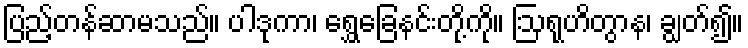
ပြည့်တန်ဆာမသည်။ ပါဒုကာ၊ ရွှေခြေနင်းတို့ကို။ ဩရုဟိတွာန၊ ချွတ်၍။